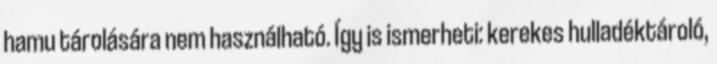
hamu tárolására nem használható. Így is ismerheti: kerekes hulladéktároló,